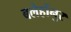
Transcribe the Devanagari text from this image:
बलेहोंनुर